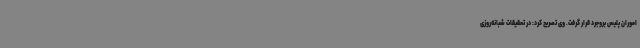
اموران پلیس بروجرد قرار گرفت. وی تصریح کرد: در تحقیقات شبانه‌روزی